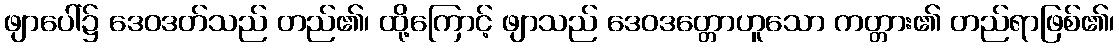
ဖျာပေါ်၌ ဒေဝဒတ်သည် တည်၏၊ ထို့ကြောင့် ဖျာသည် ဒေဝဒတ္တောဟူသော ကတ္တား၏ တည်ရာဖြစ်၏၊